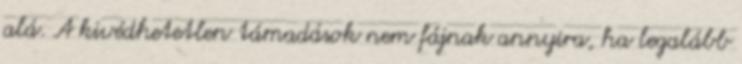
alá. A kivédhetetlen támadások nem fájnak annyira, ha legalább